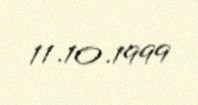
11.10.1999